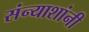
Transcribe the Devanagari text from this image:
संन्याशांनी